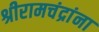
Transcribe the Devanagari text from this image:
श्रीरामचंद्रांना